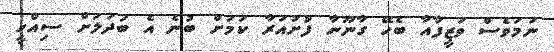
ނަމަވެސް ވަޒީފާއާ ބެހޭ ގާނޫނާ ފުށުއަރާ ކަމަށް ބުނެ އެ ބަދަލަށް ސިއްހީ